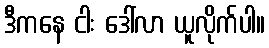
ဒီကနေ ငါး ဒေါ်လာ ယူလိုက်ပါ။